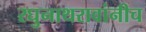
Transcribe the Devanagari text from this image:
रघुनाथरावांनीच